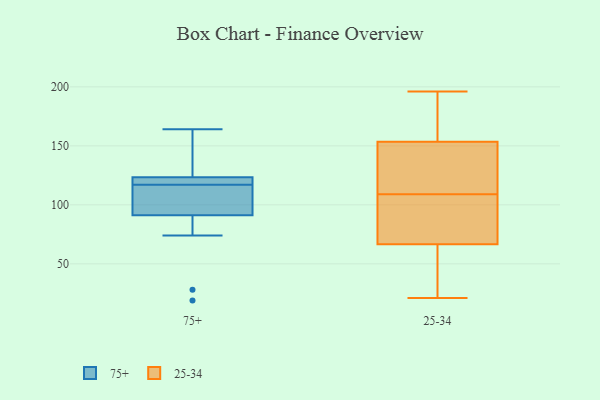
{"axis": {"x": "Conversion Rate (%)", "y": "Value"}, "legend": ["25-34", "75+"], "data": [{"x": "", "y": 160, "type": "75+"}, {"x": "", "y": 118, "type": "75+"}, {"x": "", "y": 123, "type": "75+"}, {"x": "", "y": 97, "type": "75+"}, {"x": "", "y": 119, "type": "75+"}, {"x": "", "y": 110, "type": "75+"}, {"x": "", "y": 125, "type": "75+"}, {"x": "", "y": 19, "type": "75+"}, {"x": "", "y": 28, "type": "75+"}, {"x": "", "y": 117, "type": "75+"}, {"x": "", "y": 164, "type": "75+"}, {"x": "", "y": 108, "type": "75+"}, {"x": "", "y": 74, "type": "75+"}, {"x": "", "y": 115, "type": "25-34"}, {"x": "", "y": 65, "type": "25-34"}, {"x": "", "y": 196, "type": "25-34"}, {"x": "", "y": 80, "type": "25-34"}, {"x": "", "y": 31, "type": "25-34"}, {"x": "", "y": 21, "type": "25-34"}, {"x": "", "y": 148, "type": "25-34"}, {"x": "", "y": 171, "type": "25-34"}, {"x": "", "y": 68, "type": "25-34"}, {"x": "", "y": 106, "type": "25-34"}, {"x": "", "y": 91, "type": "25-34"}, {"x": "", "y": 155, "type": "25-34"}, {"x": "", "y": 38, "type": "25-34"}, {"x": "", "y": 89, "type": "25-34"}, {"x": "", "y": 151, "type": "25-34"}, {"x": "", "y": 179, "type": "25-34"}, {"x": "", "y": 37, "type": "25-34"}, {"x": "", "y": 169, "type": "25-34"}, {"x": "", "y": 112, "type": "25-34"}, {"x": "", "y": 152, "type": "25-34"}]}